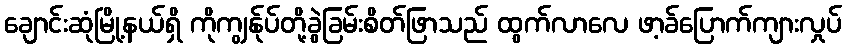
ချောင်းဆုံမြို့နယ်ရှိ ကိုကျွန်ုပ်တို့ခွဲခြမ်းစိတ်ဖြာသည် ထွက်လာလေ ဖာ့ခ်ပြောက်ကျားလှုပ်